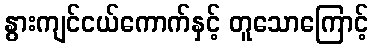
နွားကျင်ငယ်ကောက်နှင့် တူသောကြောင့်